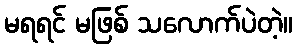
မရရင် မဖြစ် သလောက်ပဲတဲ့။